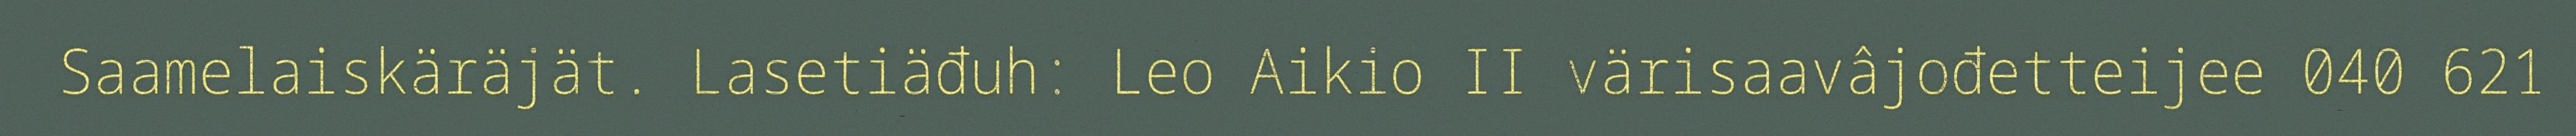
Saamelaiskäräjät. Lasetiäđuh: Leo Aikio II värisaavâjođetteijee 040 621